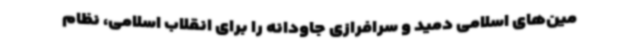
مین‌های اسلامی دمید و سرافرازی جاودانه را برای انقلاب اسلامی، نظام